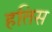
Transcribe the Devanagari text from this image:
हतिस